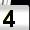
Digit: 4